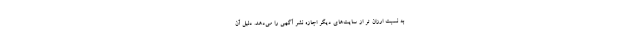
به نسبت ارزان تر از سایت‌های دیگر اجازه نشر آگهی را می‌دهد. دلیل آن